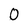
Character: O